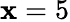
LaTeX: \mathbf{x}=5